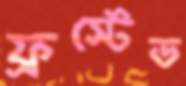
ফ্রস্টেড